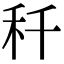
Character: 䄭